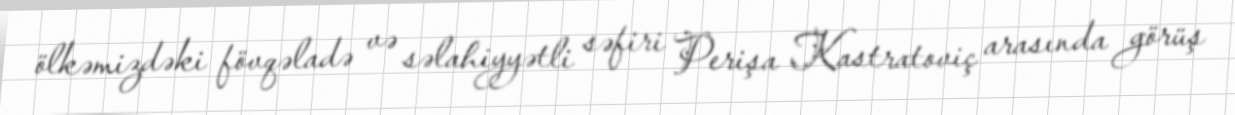
ölkəmizdəki fövqəladə və səlahiyyətli səfiri Perişa Kastratoviç arasında görüş